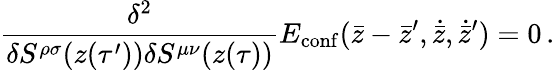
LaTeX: {\frac{\delta^{2}}{\delta S^{\rho\sigma}(z(\tau^{\prime}))\delta S^{\mu\nu}(z(\tau))}}E_{\mathrm{conf}}(\bar{z}-\bar{z}^{\prime},\dot{\bar{z}},\dot{\bar{z}}^{\prime})=0\, .